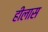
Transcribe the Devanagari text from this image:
हीलास